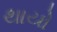
થાયો